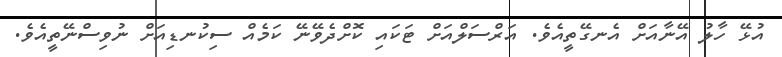
އުޅޭ ހާލު އޭނާއަށް އެނގޭތީއެވެ. އަރްސަލްއަށް ޓަކައި ކޮށްދެވޭނޭ ކަމެއް ސިކުނޑިއަށް ނުވިސްނޭތީއެވެ.